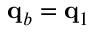
\mathbf { q } _ { b } = \mathbf { q } _ { 1 }